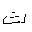
Letter: _tha